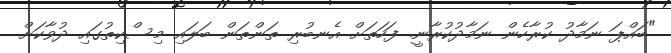
"ބައްޕަ ނަމާދު ކުރާހެން ނަމާދުކުރާނީ. ފަހަތަށް އެނބުރި ތަންތަން ބަލައި މިސްކިތުގައި ދުވާކަށް